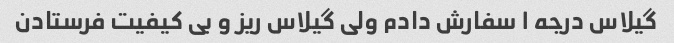
گیلاس درجه ١ سفارش دادم ولی گیلاس ریز و بی کیفیت فرستادن